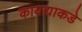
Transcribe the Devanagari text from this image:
कायद्याकडे